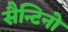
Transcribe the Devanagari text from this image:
सैन्टिनो